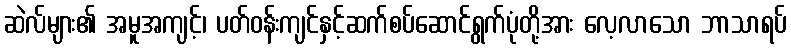
ဆဲလ်များ၏ အမူအကျင့်၊ ပတ်ဝန်းကျင်နှင့်ဆက်စပ်ဆောင်ရွက်ပုံတို့အား လေ့လာသော ဘာသာရပ်